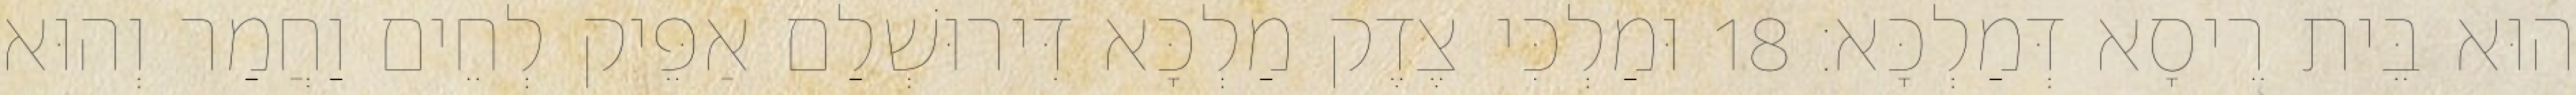
הוּא בֵּית רֵיסָא דְּמַלְכָּא׃ 18 וּמַלְכִּי צֶדֶק מַלְכָּא דִּירוּשְׁלַם אַפֵּיק לְחֵים וַחֲמַר וְהוּא